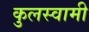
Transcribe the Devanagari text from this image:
कुुलस्वामी